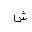
Letter: _shin